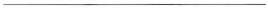
___